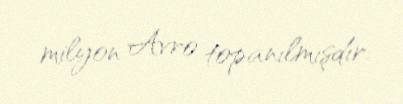
milyon Avro topanılmışdır.